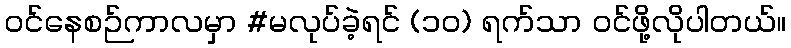
ဝင်နေစဉ်ကာလမှာ #မလုပ်ခဲ့ရင် (၁၀) ရက်သာ ဝင်ဖို့လိုပါတယ်။